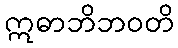
ဣဓာဘိဘဝတိ